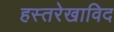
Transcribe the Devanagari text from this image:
हस्तरेखाविद